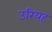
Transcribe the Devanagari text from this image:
उरियह